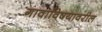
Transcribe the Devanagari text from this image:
गावाविषयावरील